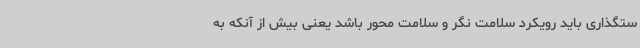
ستگذاری باید رویکرد سلامت نگر و سلامت محور باشد یعنی بیش از آنکه به